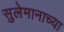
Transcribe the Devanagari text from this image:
सुलेमानाच्या